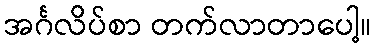
အင်္ဂလိပ်စာ တက်လာတာပေါ့။